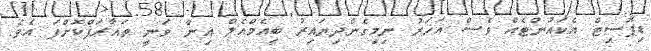
ޑިޕޮސިޓް އެކައުންޓެއް ވެސް އަހަރު ނިމިގެންދިޔައިރު ބީއެމްއެލް އިން ވަނީ ތައާރަފްކޮށްފަ އެވެ.